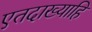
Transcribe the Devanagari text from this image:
एतदाख्याहि